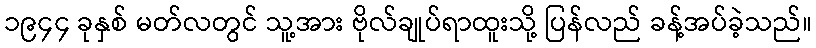
၁၉၄၄ ခုနှစ် မတ်လတွင် သူ့အား ဗိုလ်ချုပ်ရာထူးသို့ ပြန်လည် ခန့်အပ်ခဲ့သည်။